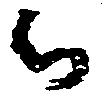
与